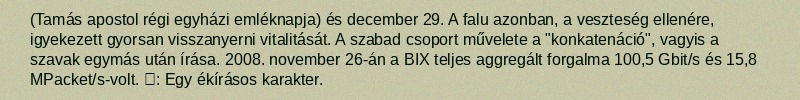
(Tamás apostol régi egyházi emléknapja) és december 29. A falu azonban, a veszteség ellenére, igyekezett gyorsan visszanyerni vitalitását. A szabad csoport művelete a "konkatenáció", vagyis a szavak egymás után írása. 2008. november 26-án a BIX teljes aggregált forgalma 100,5 Gbit/s és 15,8 MPacket/s-volt. 𒈙: Egy ékírásos karakter.